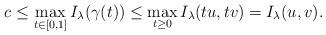
LaTeX: \begin{align*}c\leq\max_{t\in[0,1]}I_{\lambda}(\gamma(t))\leq\max_{t\geq0}I_{\lambda}(tu,tv)=I_{\lambda}(u,v).\end{align*}